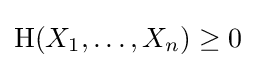
\mathrm {H} (X_{1},\ldots ,X_{n})\geq 0